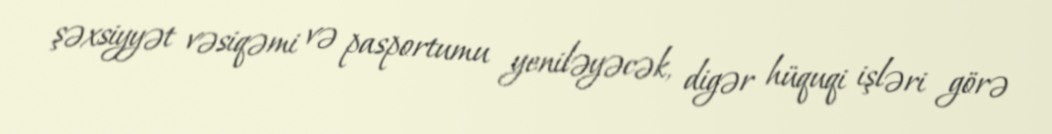
şəxsiyyət vəsiqəmi və pasportumu yeniləyəcək, digər hüquqi işləri görə